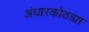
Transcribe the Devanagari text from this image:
अंधारकोठड्या